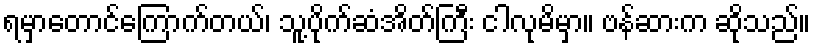
ရမှာတောင်ကြောက်တယ်၊ သူ့ပိုက်ဆံအိတ်ကြီး ငါလုမိမှာ။ ဗန်ဆားက ဆိုသည်။